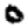
Digit: 0